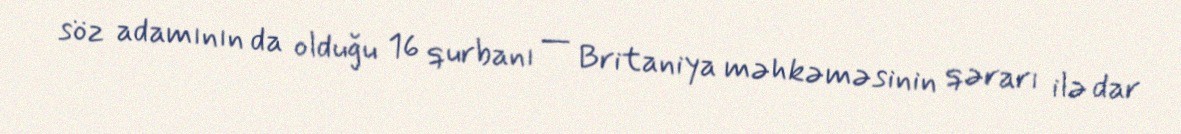
söz adamının da olduğu 16 qurbanı — Britaniya məhkəməsinin qərarı ilə dar